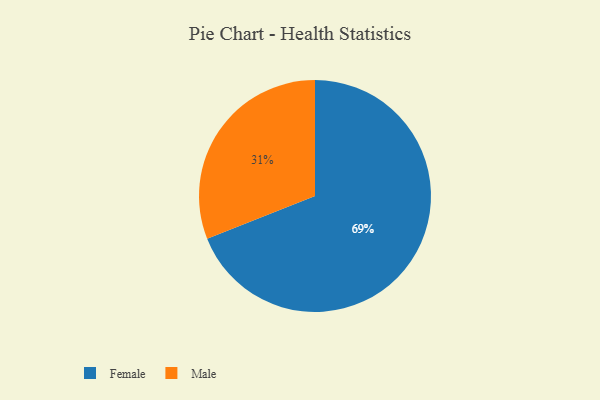
{"axis": {"x": "Category", "y": "Percentage"}, "legend": ["Female", "Male"], "data": [{"x": "Female", "y": 69, "type": "Female"}, {"x": "Male", "y": 31, "type": "Male"}]}